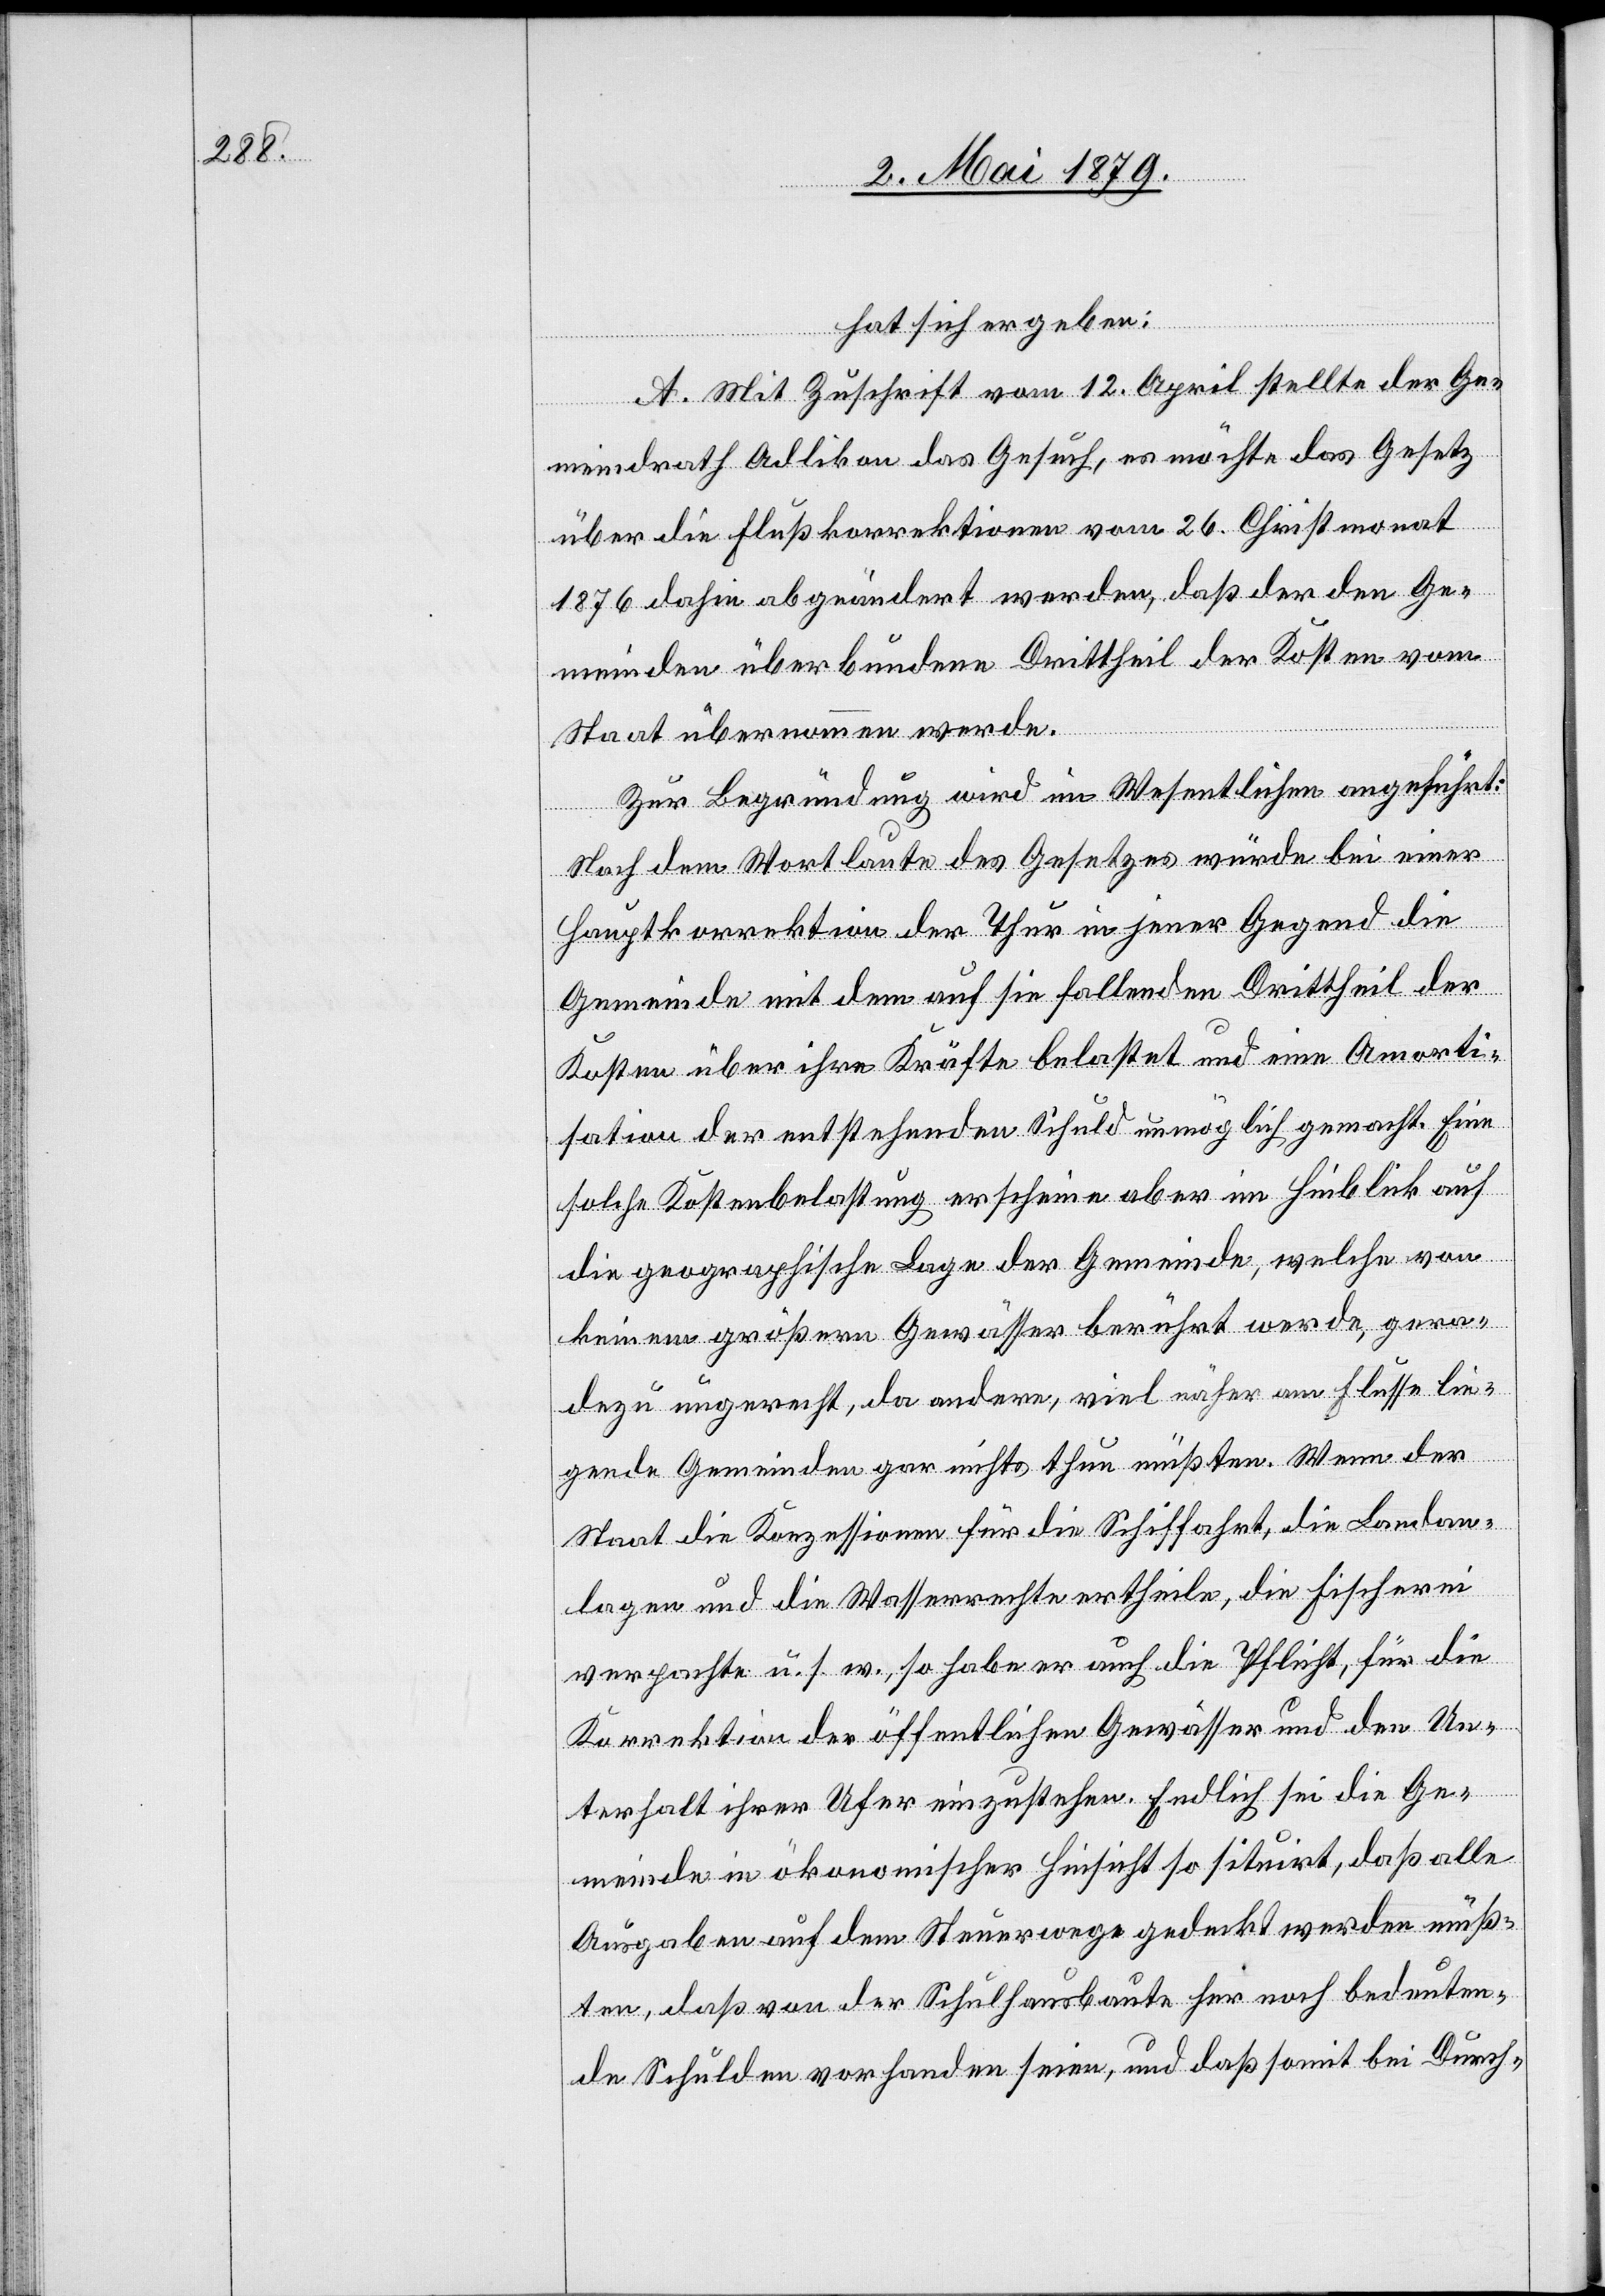
hat sich ergeben:
A. Mit Zuschrift vom 12. April stellte der Ge¬
meindrath Adlikon das Gesuch, es möchte das Gesetz
über die Flußkorrektionen vom 26. Christmonat
1876 dahin abgeändert werden, daß der den Ge¬
meinden überbundene Drittheil der Kosten vom
Staat übernommen werde.
Zur Begründung wird im Wesentlichen angeführt:
Nach dem Wortlaute des Gesetzes würde bei einer
Hauptkorrektion der Thur in jener Gegend die
Gemeinde mit dem auf sie fallenden Drittheil der
Kosten über ihre Kräfte belastet und eine Amorti¬
sation der entstehenden Schuld unmöglich gemacht. Eine
solche Kostenbelastung erscheine aber im Hinblick auf
die geographische Lage der Gemeinde, welche von
keinem größern Gewässer berührt werde, gera¬
dezu ungerecht, da andere, viel näher am Flusse lie¬
gende Gemeinden gar nichts thun müßten. Wenn der
Staat die Konzessionen für die Schiffahrt, die Landan¬
lagen und die Wasserrechte ertheile, die Fischerei
verpachte u. s. w., so habe er auch die Pflicht, für die
Korrektion der öffentlichen Gewässer und den Un¬
terhalt ihrer Ufer einzustehen. Endlich sei die Ge¬
meinde in ökonomischer Hinsicht so situirt, daß alle
Ausgaben auf dem Steuerwege gedeckt werden müß¬
ten, daß von der Schulhausbaute her noch bedeuten¬
de Schulden vorhanden seien, und daß somit bei Durch-